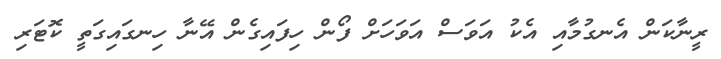
ރީނާކަން އެނގުމާއި އެކު އަވަސް އަވަހަށް ފޯން ހިފައިގެން އޭނާ ހިނގައިގަތީ ކޮޓަރި